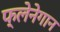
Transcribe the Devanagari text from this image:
फ्लेनेगान